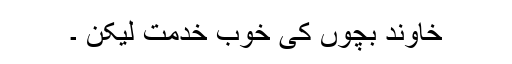
خاوند بچوں کی خوب خدمت لیکن ۔